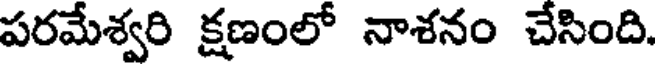
పరమేశ్వరి క్షణంలో నాశనం చేసింది.